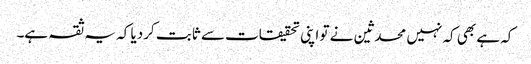
کہ ہے بھی کہ نہیں محدثین نے تو اپنی تحقیقات سے ثابت کردیا کہ یہ ثقہ ہے۔